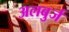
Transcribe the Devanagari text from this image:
अलबुर्ज